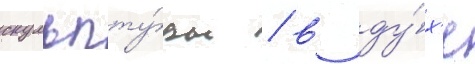
скульпту́ры / в ду́х'е